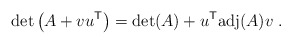
\begin{align*}\det \left( A + v u^{\sf T} \right) = \det(A) + u^{\sf T} {\rm adj}(A) v \;.\end{align*}